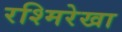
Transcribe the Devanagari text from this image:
रश्मिरेखा